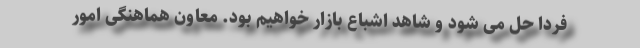
فردا حل می شود و شاهد اشباع بازار خواهیم بود. معاون هماهنگی امور